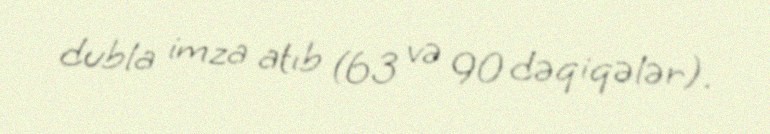
dubla imza atıb (63 və 90 dəqiqələr).